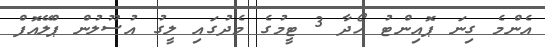
އެންމެ ގިނަ ޕޮއިންޓު ހޯދާ 3 ޓީމުގެ މެދުގައި ލީގު އުސޫލުން ޕްލޭއޮފް